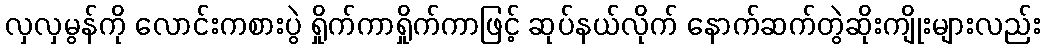
လှလှမွန်ကို လောင်းကစားပွဲ ရှိုက်ကာရှိုက်ကာဖြင့် ဆုပ်နယ်လိုက် နောက်ဆက်တွဲဆိုးကျိုးများလည်း